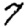
Digit: 7